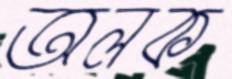
অলক